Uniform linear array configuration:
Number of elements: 24
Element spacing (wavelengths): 1
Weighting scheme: exponential
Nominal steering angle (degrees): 60
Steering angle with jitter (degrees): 61.127
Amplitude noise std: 0.05
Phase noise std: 0.05

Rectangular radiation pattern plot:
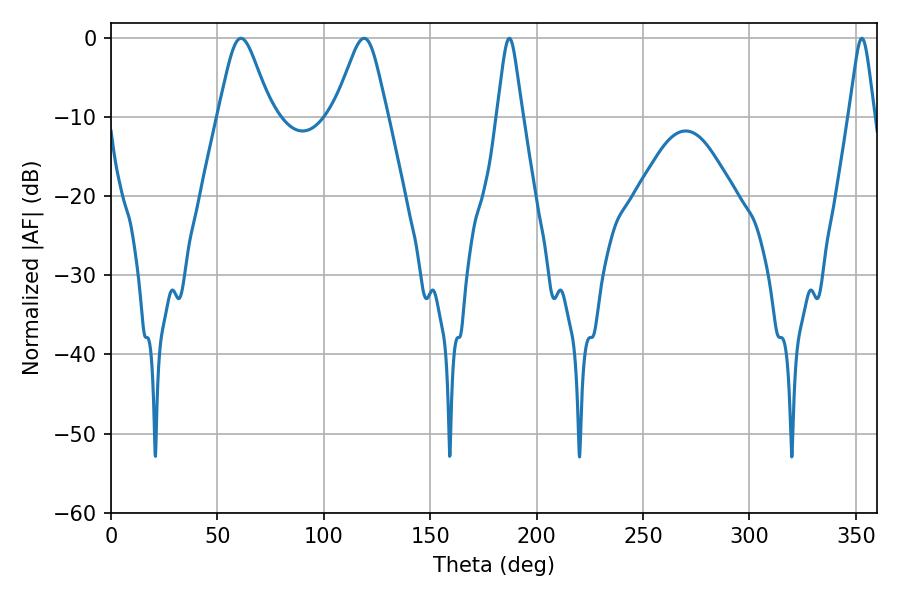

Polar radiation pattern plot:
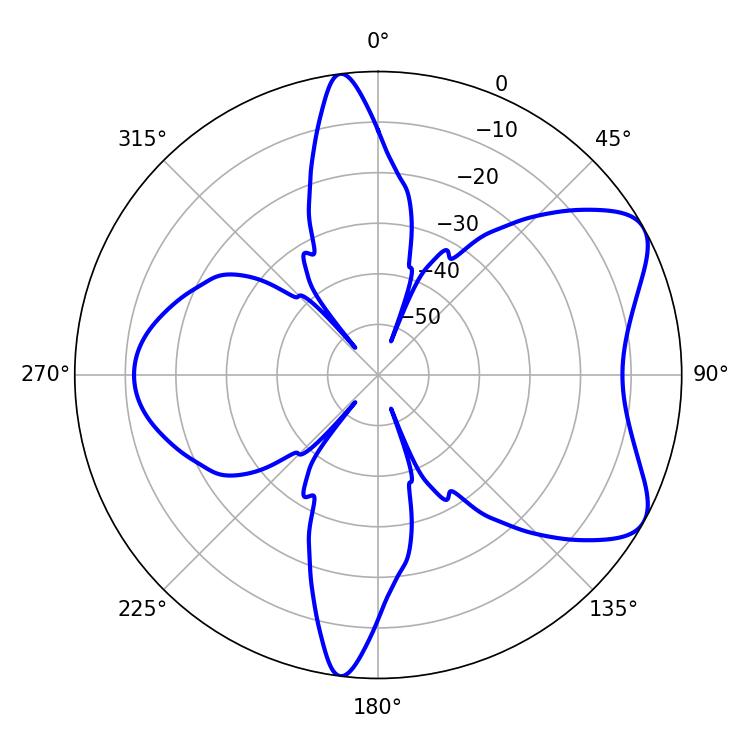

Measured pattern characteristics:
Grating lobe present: TRUE
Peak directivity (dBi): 6.915
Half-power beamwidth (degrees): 12.06
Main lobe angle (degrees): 61.02